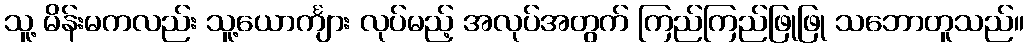
သူ့ မိန်းမကလည်း သူ့ယောင်္ကျား လုပ်မည့် အလုပ်အတွက် ကြည်ကြည်ဖြုဖြု သဘောတူသည်။